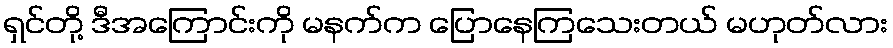
ရှင်တို့ ဒီအကြောင်းကို မနက်က ပြောနေကြသေးတယ် မဟုတ်လား